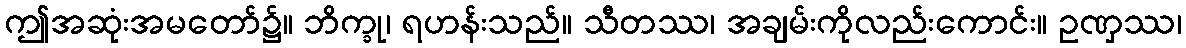
ဤအဆုံးအမတော်၌။ ဘိက္ခု၊ ရဟန်းသည်။ သီတဿ၊ အချမ်းကိုလည်းကောင်း။ ဥဏှဿ၊